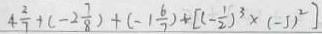
4 \frac { 3 } { 7 } + ( - 2 \frac { 7 } { 8 } ) + ( - 1 \frac { 6 } { 7 } ) + [ ( - \frac { 1 } { 2 } ) ^ { 3 } \times ( - 5 ) ^ { 2 } ]